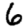
Digit: 6